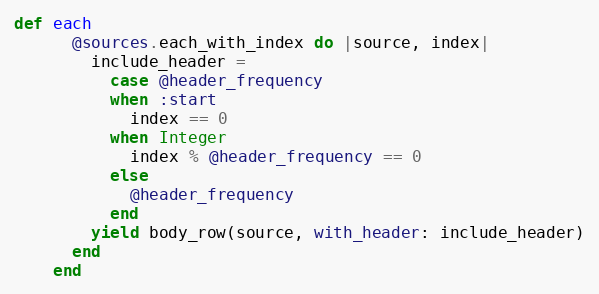
Language: Ruby
def each
      @sources.each_with_index do |source, index|
        include_header =
          case @header_frequency
          when :start
            index == 0
          when Integer
            index % @header_frequency == 0
          else
            @header_frequency
          end
        yield body_row(source, with_header: include_header)
      end
    end